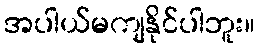
အပါယ်မကျနိုင်ပါဘူး။